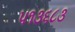
૫૧૩૬૮૩